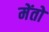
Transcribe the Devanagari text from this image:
मेंतो